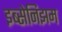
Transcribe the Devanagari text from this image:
इब्सेनिझम